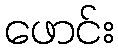
ဖောင်း